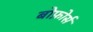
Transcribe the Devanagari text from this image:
बोफ़ोर्स